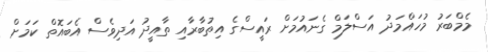
މެމްބަރު މުހައްމަދު އަސްލަމް ގެނައުމަށް ރައީސްގެ އިތުބާރާއި ތާއީދު އަދިވެސް އެބައޮތް ކަމަށް